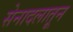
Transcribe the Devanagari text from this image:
सेनादलातून